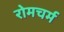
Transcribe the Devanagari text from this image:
रोमचर्म